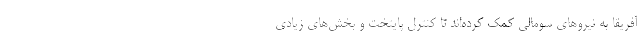
آفریقا به نیروهای سومالی کمک کرده‌اند تا کنترل پایتخت و بخش‌های زیادی